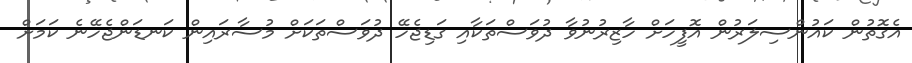
އެގޮތުން ކައުންސިލަރުން އޮފީހަށް ހާޒިރުނުވާ ދުވަސްތަކާއި ގަޑިޖެހޭ ދުވަސްތަކަށް މުސާރައިން ކަނޑަންޖެހޭނެ ކަމަށް